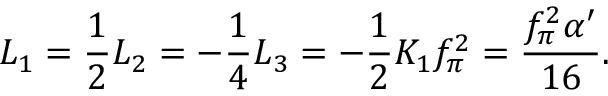
L _ { 1 } = \frac 1 2 L _ { 2 } = - \frac 1 4 L _ { 3 } = - \frac 1 2 K _ { 1 } f _ { \pi } ^ { 2 } = \frac { f _ { \pi } ^ { 2 } \alpha ^ { \prime } } { 1 6 } .